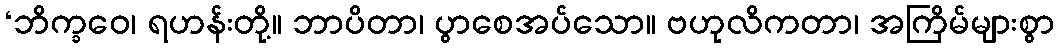
‘ဘိက္ခဝေ၊ ရဟန်းတို့။ ဘာပိတာ၊ ပွာစေအပ်သော။ ဗဟုလိကတာ၊ အကြိမ်များစွာ